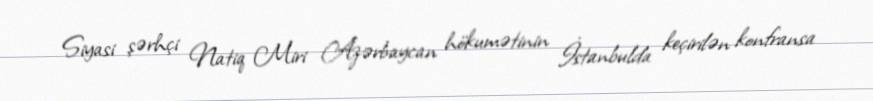
Siyasi şərhçi Natiq Miri Azərbaycan hökumətinin İstanbulda keçirilən konfransa